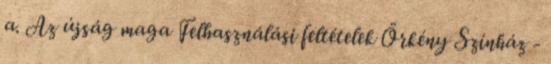
a. Az újság maga Felhasználási feltételek Örkény Színház -